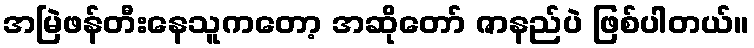
အမြဲဖန်တီးနေသူကတော့ အဆိုတော် ဇာနည်ပဲ ဖြစ်ပါတယ်။